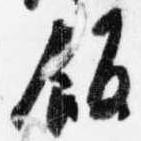
飯